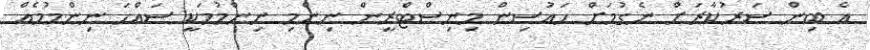
އެ ބިން ސަރުކާރަށް ނެގުމަށް ހައުސިން މިނިސްޓްރީން ނިންމި ނިންމުމަކީ ސައްހަ ނިންމުމެއް